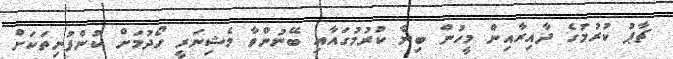
ޗާޕު ކުރުމުގެ ދާއިރާއިން މީހުން ބިނާ ކުރުމުގައާއި ބޭނުންވާ މެޝިނަރީ ހޯދުމަށް ކުންފުނިތަކަށް